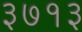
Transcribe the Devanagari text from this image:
३७१३